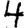
Digit: 4